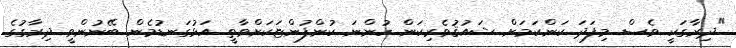
"ދިރާގަކީ ވެސް މިފަދަ ކަންކަމަށް ޝައުޤުވެރިކަން ހުންނަ ކުންފުންޏަކަށްވާތީ އަޅުގަނޑުމެން ބޭނުންވީ ދިރާގުގެ